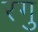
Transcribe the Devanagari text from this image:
रगु